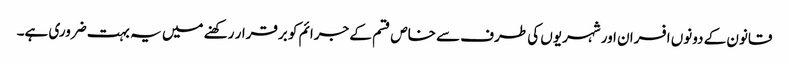
قانون کے دونوں افسران اور شہریوں کی طرف سے خاص قسم کے جرائم کو برقرار رکھنے میں یہ بہت ضروری ہے۔